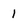
Character: 1